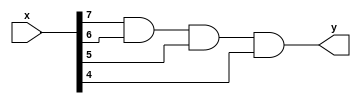
module exemplu(input [7:0] x, output y);

assign y=x[7] & x[6] & x[5] & x[4];
//assign y=x[5] | x[3] & x[0];

endmodule

module test_exemplu;
reg [7:0] x;
wire y;

exemplu DUT(x,y);

initial begin
x=8'b01010101; // momentul 0 (8 biti in baza 2)
// x=2'd43 ()
#20 x=8'b11110000; // intarziere 20 picosecunde fata de prima instructiune
end
endmodule